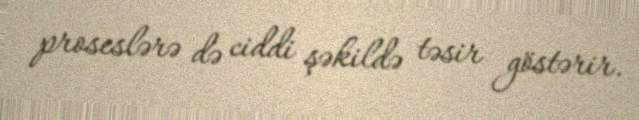
proseslərə də ciddi şəkildə təsir göstərir.